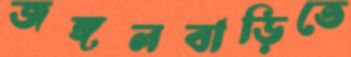
জঙ্গলবাড়িতে